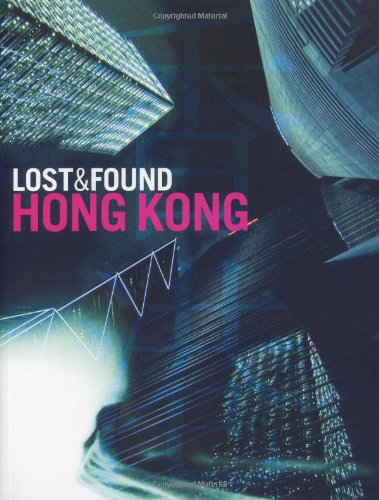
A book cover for Lost & Found Hong Kong; Travel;